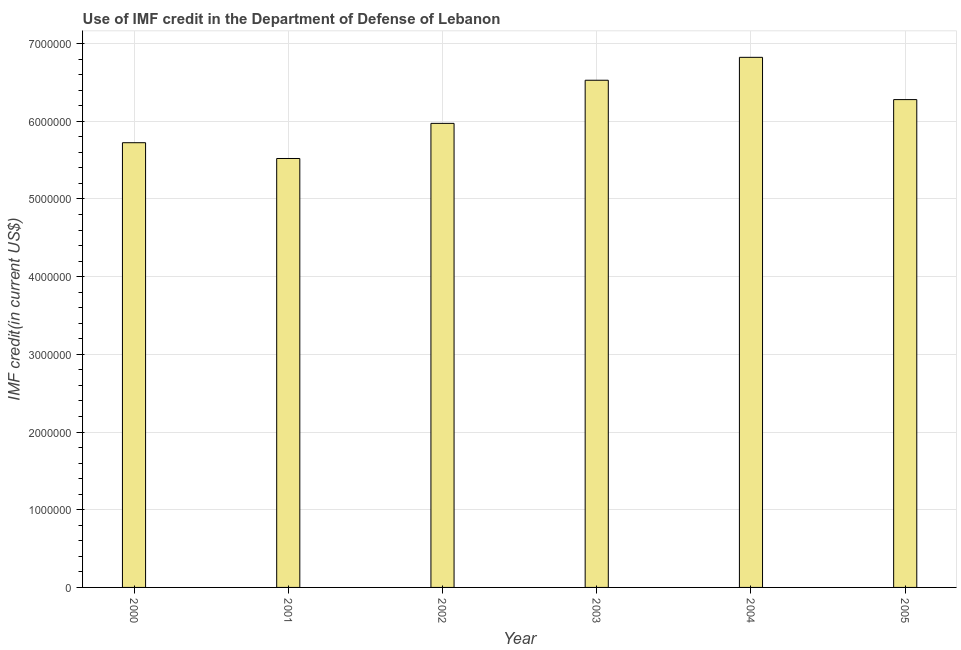
| Year | Use of IMF credit (DOD |
 | --- | --- |
 | 2000 | 5.72e+06 |
 | 2001 | 5.52e+06 |
 | 2002 | 5.97e+06 |
 | 2003 | 6.53e+06 |
 | 2004 | 6.82e+06 |
 | 2005 | 6.28e+06 |